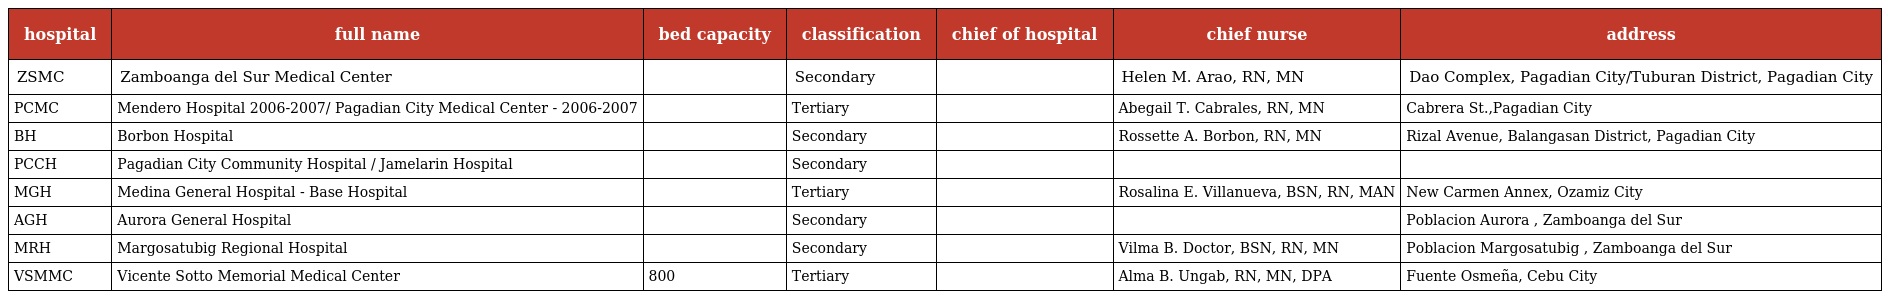
| hospital | full name | bed capacity | classification | chief of hospital | chief nurse | address |
 | --- | --- | --- | --- | --- | --- | --- |
 | ZSMC | Zamboanga del Sur Medical Center |  | Secondary |  | Helen M. Arao, RN, MN | Dao Complex, Pagadian City/Tuburan District, Pagadian City |
 | PCMC | Mendero Hospital 2006-2007/ Pagadian City Medical Center - 2006-2007 |  | Tertiary |  | Abegail T. Cabrales, RN, MN | Cabrera St.,Pagadian City |
 | BH | Borbon Hospital |  | Secondary |  | Rossette A. Borbon, RN, MN | Rizal Avenue, Balangasan District, Pagadian City |
 | PCCH | Pagadian City Community Hospital / Jamelarin Hospital |  | Secondary |  |  |  |
 | MGH | Medina General Hospital - Base Hospital |  | Tertiary |  | Rosalina E. Villanueva, BSN, RN, MAN | New Carmen Annex, Ozamiz City |
 | AGH | Aurora General Hospital |  | Secondary |  |  | Poblacion Aurora , Zamboanga del Sur |
 | MRH | Margosatubig Regional Hospital |  | Secondary |  | Vilma B. Doctor, BSN, RN, MN | Poblacion Margosatubig , Zamboanga del Sur |
 | VSMMC | Vicente Sotto Memorial Medical Center | 800 | Tertiary |  | Alma B. Ungab, RN, MN, DPA | Fuente Osmeña, Cebu City |